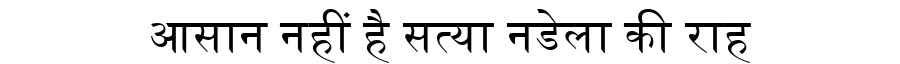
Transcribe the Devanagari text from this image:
आसान नहीं है सत्या नडेला की राह